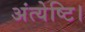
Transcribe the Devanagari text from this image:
अंत्येष्टि।